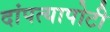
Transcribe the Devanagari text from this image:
दांपत्यापोटी